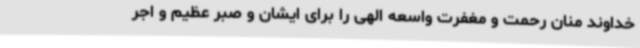
خداوند منان رحمت و مغفرت واسعه الهی را برای ایشان و صبر عظیم و اجر